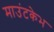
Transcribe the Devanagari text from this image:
माउंटकेभ